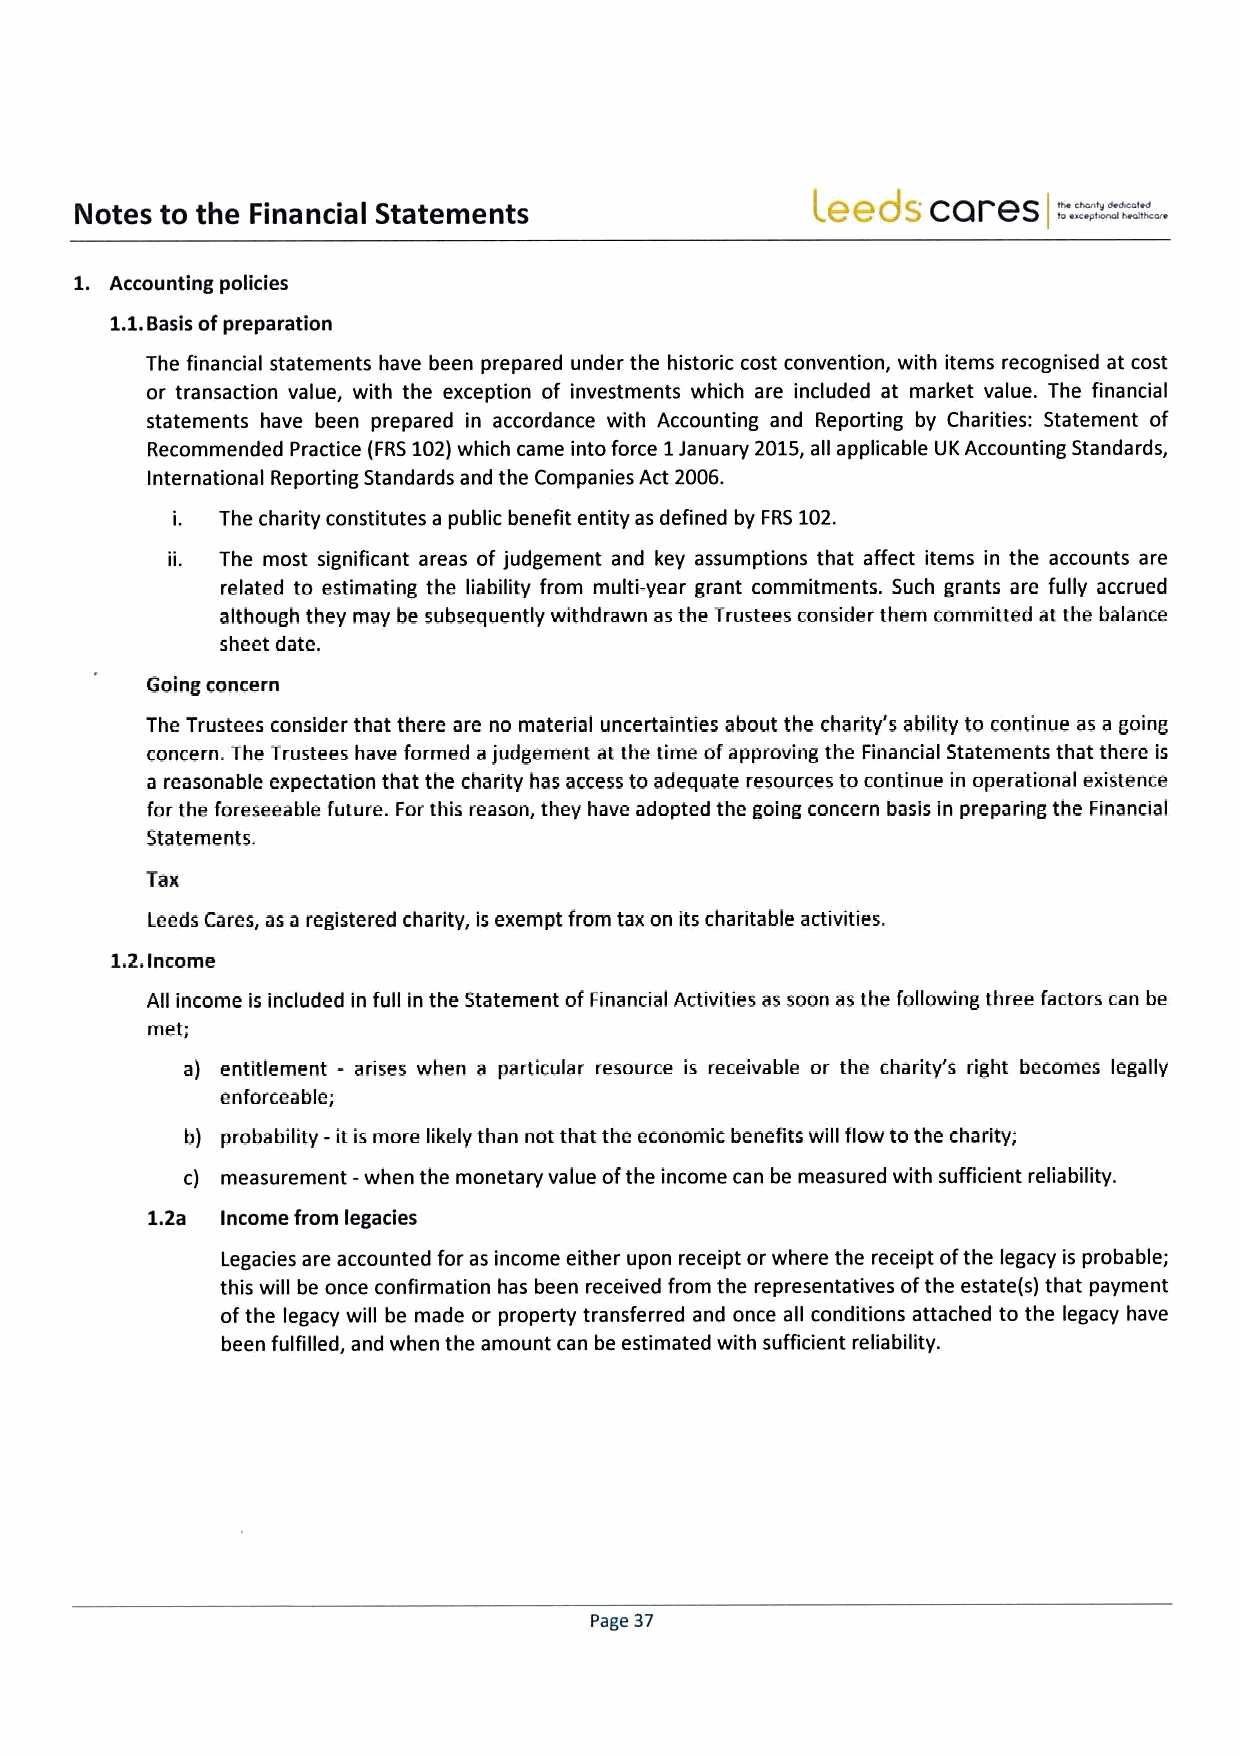
.=—
 Leeds   cares     -.
 Notes to the Financial Statements                                =.
 I
 1. Accounting policies
 1.1.Basis ofpreparation
 The financial statements have been prepared under the historic cost convention, with items recognised at cost
 or transaction value, with the exception of investments which are included at market value. The financial
 statements have been prepared in accordance with Accounting and Reporting by Charities: Statement of
 Recommended Practice (FRS102)which came into force 1January 2015,all applicable UK Accounting Standards,
 International Reporting Standards and the Companies Act 2006.
 i. The charity constitutes a public benefit entity as defined by FRS102.
 ii. The most significant areas of judgement and key assumptions that affect items in the accounts are
 related to estimating the liability from multi-year grant commitments. Such grants are fully accrued
 although they may be subsequently withdrawn as the Trustees consider them cornrnitted at the balance
 sheet date.
 Going concern
 The Trustees consider that there are no material uncertainties about the charity's ability to continue as a going
 concern. The Trustees have formed ajudgement at the time ofapproving the Financial Statements that there is
 a reasonable expectation that the charity has access to adequate resources to continue in operational existence
 for the foreseeable future. For this reason, they have adopted the going concern basis ln preparing the Financial
 Statements,
 Tax
 Leeds Cares, as a registered charity, is exempt from tax on its charitable activities.
 1.2.Income
 All income is included in full in the Statement ofFinancial Activities as soon as the following three factors can be
 met;
 a) entitlement - arises when a particular resource is receivable or the charity's right becomes legally
 enforceable;
 b) probability -it is more likely than not that the economic benefits will flow to the charity;
 c) measurement- when the monetary value ofthe income can be measured with sufficient reliability.
 1.2a Income from legacies
 Legacies are accounted for as income either upon receipt or where the receipt ofthe legacy is probable;
 this will be once confirmation has been received from the representatives ofthe estate(s) that payment
 ofthe legacy will be made or property transferred and once all conditions attached to the legacy have
 been fulfilled, and when the amount can be estimated with sufficient reliability.
 Page 37